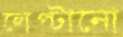
লেপ্‌টানো